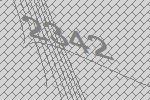
2342